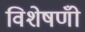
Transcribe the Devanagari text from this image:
विशेषणोँ